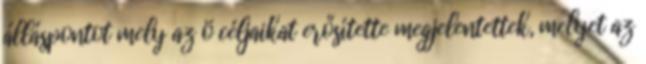
álláspontot mely az ö céljaikat erősítette megjelentettek, melyet az